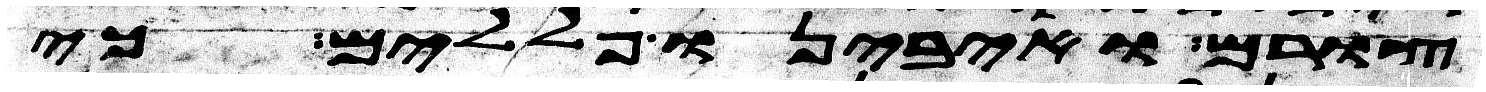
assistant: צורם ואיבינו פללים כי